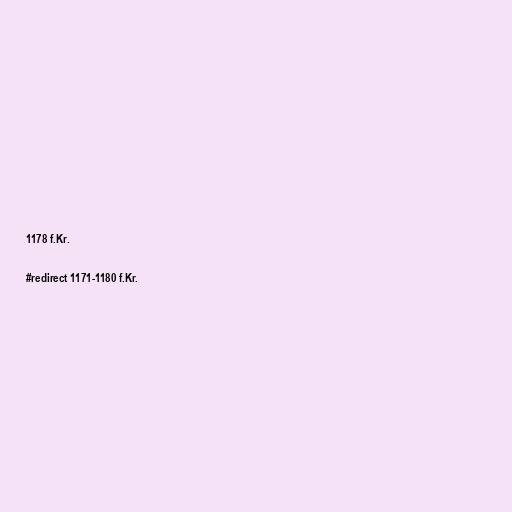
1178 f.Kr.

#redirect 1171-1180 f.Kr.